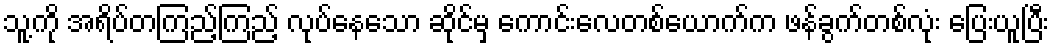
သူ့ကို အရိပ်တကြည့်ကြည့် လုပ်နေသော ဆိုင်မှ ကောင်းလေတစ်ယောက်က ဖန်ခွက်တစ်လုံး ပြေးယူပြီး